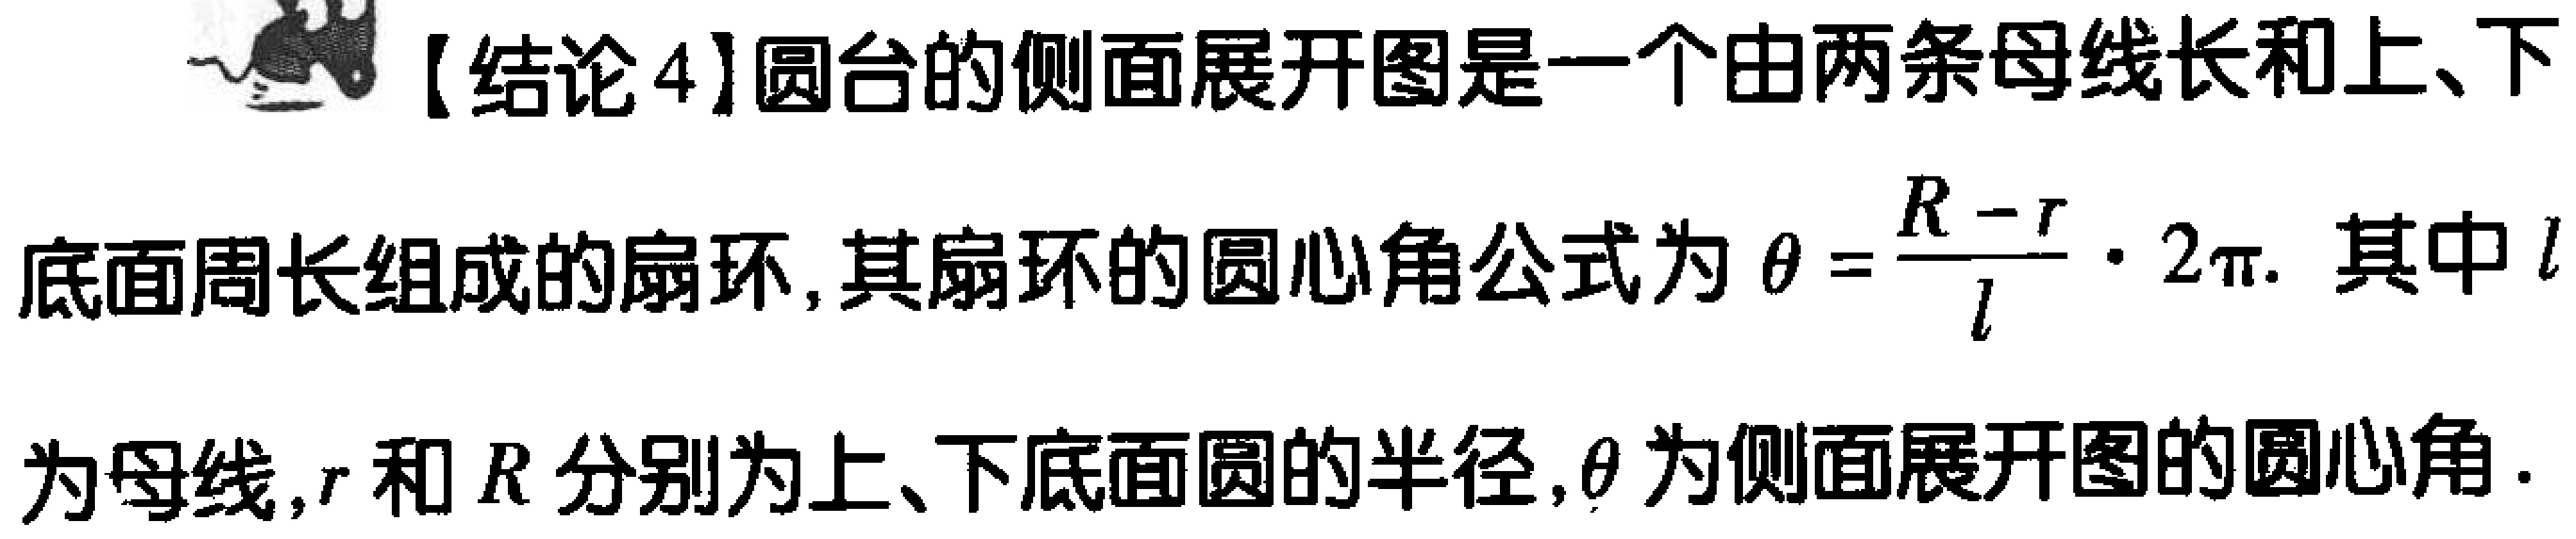
【结论4】圆台的侧面展开图是一个由两条母线长和上、下底面周长组成的扇环, 其扇环的圆心角公式为 $\theta=\frac{R - r}{l}\cdot2\pi$. 其中$l$为母线, $r$ 和 $R$ 分别为上、下底面圆的半径, $\theta$ 为侧面展开图的圆心角.